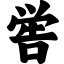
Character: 喾